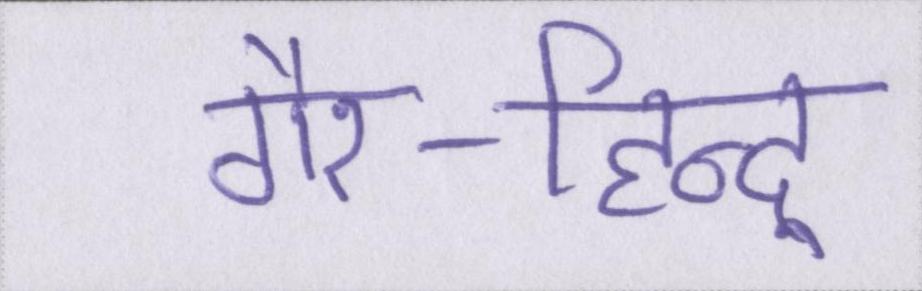
गैर-हिन्दू